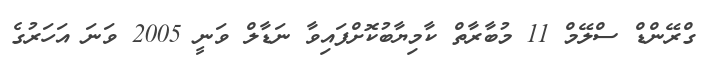
ގްރޭންޑް ސްލޭމް 11 މުބާރާތް ކާމިޔާބުކޮށްފައިވާ ނަޑާލް ވަނީ 2005 ވަނަ އަހަރުގެ